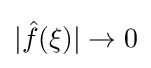
|{\hat {f}}(\xi )|\to 0